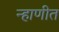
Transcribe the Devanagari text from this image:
न्हाणीत